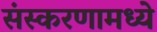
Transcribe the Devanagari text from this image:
संस्करणामध्ये